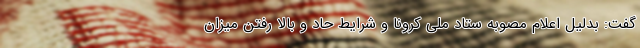
گفت: بدلیل اعلام مصوبه ستاد ملی کرونا و شرایط حاد و بالا رفتن میزان